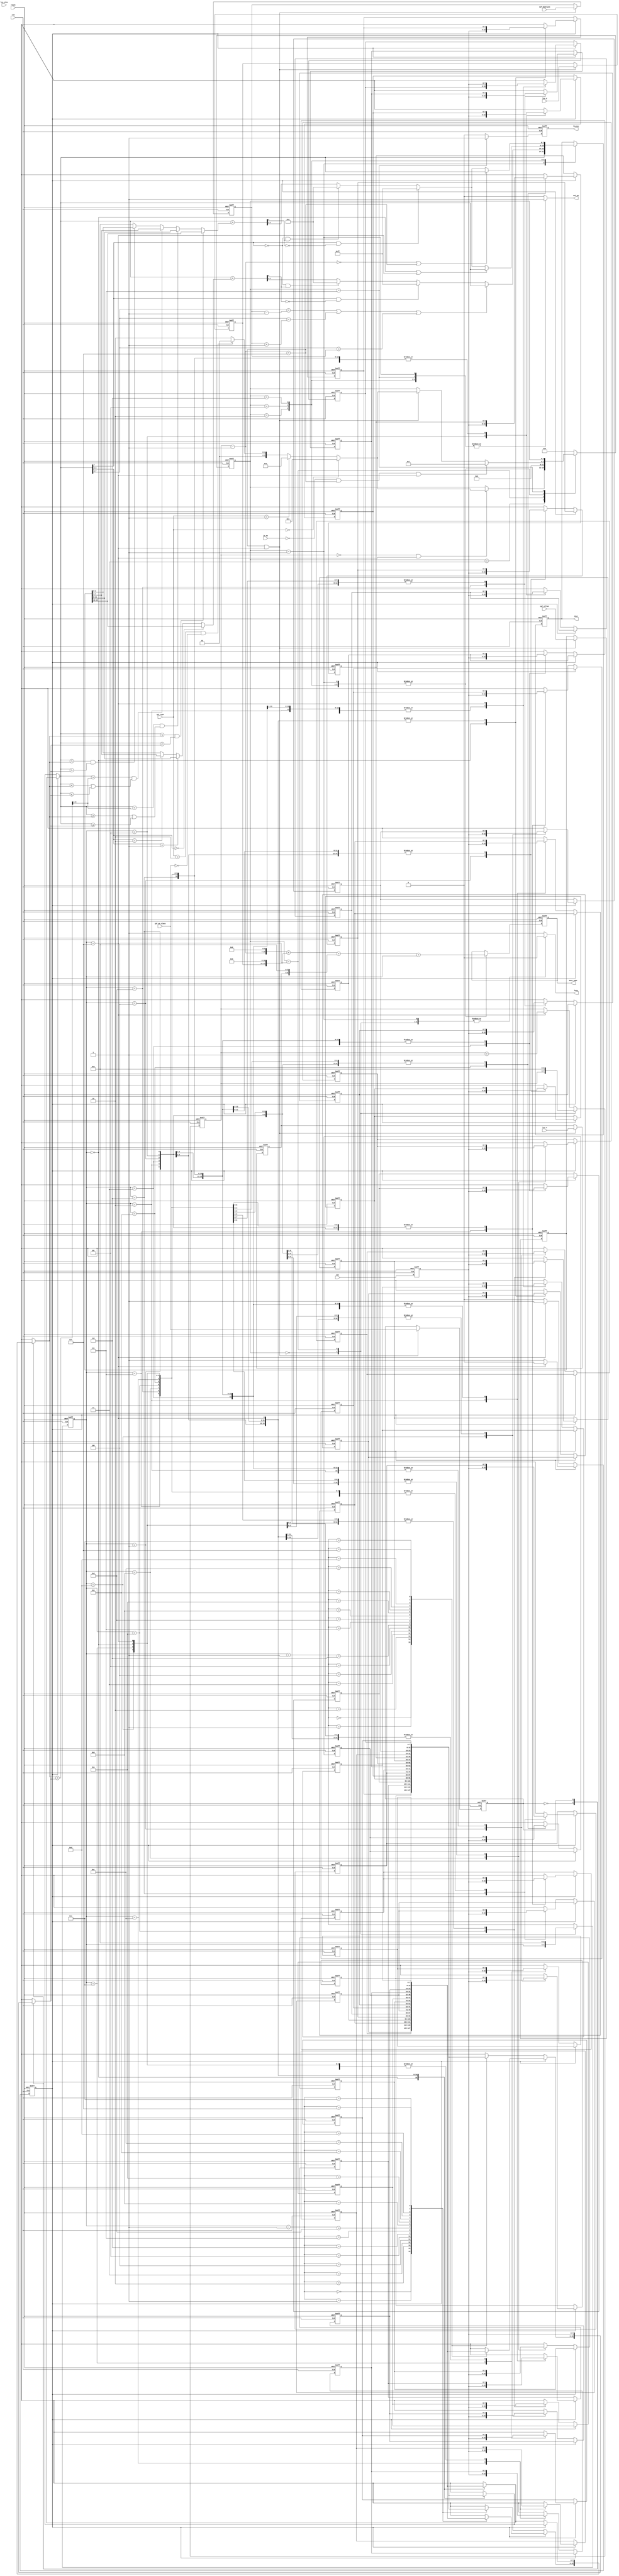
module IPF ( clk, reset, in_en, din, ipf_type, ipf_band_pos, ipf_wo_class, ipf_offset, lcu_x, lcu_y, lcu_size, busy, out_en, dout, dout_addr, finish);
//===========IO====================
    input   clk;
    input   reset;
    input   in_en;
    input   [7:0]  din;
    input   [1:0]  ipf_type;
    input   [4:0]  ipf_band_pos;
    input          ipf_wo_class;
    input   [15:0] ipf_offset;
    input   [2:0]  lcu_x;
    input   [2:0]  lcu_y;
    input   [1:0]  lcu_size;
    output reg busy;
    output reg finish;
    output reg out_en;
    output reg [7:0] dout;
    output reg [13:0] dout_addr;
//===========IO====================

reg [7:0] din_po, din_wo, dout_nxt, din_po_temp, pix, pix_band;
reg [7:0] din_temp, din_temp_nxt;
reg signed [8:0] din_po_add, din_wo_add;
reg [4:0] low_bound, up_bound;
reg [3:0] off_po;
reg [3:0] off_wo;
reg [3:0] posi_a, posi_c, posi_b;
reg [7:0] a,b,c;
reg [8:0] mid;

reg [2:0] t_lcu_x, t_lcu_x_nxt;
reg [2:0] t_lcu_y, t_lcu_y_nxt;
reg t_ipf_wo_class, t_ipf_wo_class_nxt;
reg [4:0] t_ipf_band_pos, t_ipf_band_pos_nxt;
reg [15:0] t_ipf_offset, t_ipf_offset_nxt;

reg [13:0] dout_addr_nxt;
reg seq, seq_nxt;
reg finish_nxt;
wire end_lcu;
wire end_img;

//============= extension ===================
reg [7:0] window0[0:15]; //window size = 16, 32, 64
reg [7:0] window1[0:15];
reg [7:0] window0_nxt[0:15];
reg [7:0] window1_nxt[0:15];
reg [3:0] col, col_nxt, t_col; //col length = 16, 32, 64
reg [3:0] row, row_nxt, t_row;

assign  end_lcu = (t_row==4'd15 & t_col==4'd15); //col, row = 16, 32, 64
assign  end_img = (!in_en & t_row==4'd15 & t_col==4'd15); //lcu_x,y = 8, 4, 2
//============= extension ====================

//============= FSM ===================
reg [3:0] state, nxt_state;
parameter state_idle = 0;
parameter state_off = 1;
parameter state_po = 2;
parameter state_in = 3;
parameter state_wait = 4;
parameter state_wo_0 = 5;
parameter state_wo_1 = 6;
parameter state_finish = 7;
//============= FSM ===================

//============= nxt_state ===================
always @(*)begin
    //default
    busy = 1;
    out_en = 0;
    nxt_state = state_wait;
    case(state)
        state_idle:begin
            busy = 0;
            out_en = 0;
            nxt_state = state_wait;
        end
        state_in:begin
            busy = 0;
            out_en = 0;
            if (row==4'd0 & col==4'd15) begin
                if (ipf_type==2'd0) nxt_state = state_off;
                else if (ipf_type==2'd1) nxt_state = state_po;
                else if (ipf_type==2'd2 & ipf_wo_class==1'b0) nxt_state = state_wo_0; //
                else nxt_state = state_wo_1; //
            end
            else nxt_state = state;
        end

        state_wait:begin
            busy = 0;
            out_en = 0;
            nxt_state = state_in;
        end

        state_off:begin
            busy = 0;
            out_en = 1;
            if (end_img) nxt_state = state_finish;
            else if (end_lcu)begin
                if (ipf_type==2'd0) nxt_state = state_off;
                else if (ipf_type==2'd1) nxt_state = state_po;
                else if (ipf_type==2'd2 & ipf_wo_class==1'b0) nxt_state = state_wo_0;
                else nxt_state = state_wo_1;
            end
            else nxt_state = state;
        end
        state_po:begin
            busy = 0;
            out_en = 1;
            if (end_img) nxt_state = state_finish;
            else if (end_lcu)begin
                if (ipf_type==2'd0) nxt_state = state_off;
                else if (ipf_type==2'd1) nxt_state = state_po;
                else if (ipf_type==2'd2 & ipf_wo_class==1'b0) nxt_state = state_wo_0;
                else nxt_state = state_wo_1;
            end
            else nxt_state = state;
        end
        state_wo_0:begin
            busy = 0;
            out_en = 1;
            if (end_img) nxt_state = state_finish;
            else if (end_lcu)begin
                if (ipf_type==2'd0) nxt_state = state_off;
                else if (ipf_type==2'd1) nxt_state = state_po;
                else if (ipf_type==2'd2 & ipf_wo_class==1'b0) nxt_state = state_wo_0;
                else nxt_state = state_wo_1;
            end
            else nxt_state = state;
        end
        state_wo_1:begin
            busy = 0;
            out_en = 1;
            if (end_img) nxt_state = state_finish;
            else if (end_lcu)begin
                if (ipf_type==2'd0) nxt_state = state_off;
                else if (ipf_type==2'd1) nxt_state = state_po;
                else if (ipf_type==2'd2 & ipf_wo_class==1'b0) nxt_state = state_wo_0;
                else nxt_state = state_wo_1;
            end
            else nxt_state = state;
        end


        state_finish:begin
            busy = 1;
            out_en = 1;
            nxt_state = state;
        end

    endcase
end


//============= comb ========================
integer i ;
always @(*)begin
    col_nxt = col + 1;
    row_nxt = (col==4'd15)? row+1 : row;
    t_col = col;
    t_row = row - 1;
    dout_nxt = dout;
    dout_addr_nxt = dout_addr;
    seq_nxt = seq;
    finish_nxt = 0;
    t_lcu_x_nxt = (end_lcu)? lcu_x : t_lcu_x;
    t_lcu_y_nxt = (end_lcu)? lcu_y : t_lcu_y;
    t_ipf_wo_class_nxt = (end_lcu)? ipf_wo_class : t_ipf_wo_class;
    t_ipf_band_pos_nxt = (end_lcu)? ipf_band_pos : t_ipf_band_pos;
    t_ipf_offset_nxt = (end_lcu)? ipf_offset : t_ipf_offset;

    for (i = 0 ; i<16; i=i+1)begin
        window0_nxt[i]=window0[i];
        window1_nxt[i]=window1[i];
    end

    din_temp_nxt = din;
    if (seq==1'b0)begin
        window0_nxt[col] = din_temp;
        seq_nxt = (t_col==4'd15)? 1'b1:seq;
    end
    else if (seq==1'b1)begin
        window1_nxt[col] = din_temp;
        seq_nxt = (t_col==4'd15)? 1'b0:seq;
    end

    case(state)
        state_idle:begin
            col_nxt = col;
            row_nxt = row;
        end

        state_wait:begin
            col_nxt = 0;
            row_nxt = 0;
            din_temp_nxt = din;
        end

        state_off:begin
            dout_nxt = (seq==1'b0)? window1[t_col] : window0[t_col];
            dout_addr_nxt = (t_row<<7) + (t_lcu_y<<11) + (t_lcu_x<<4) + t_col;
        end

        state_po:begin
            dout_nxt = din_po;
            dout_addr_nxt = (t_row<<7) + (t_lcu_y<<11) + (t_lcu_x<<4) + t_col;
        end

        state_wo_0:begin
            if (t_col==4'd0 | t_col==4'd15)begin
                dout_nxt = (seq==1'b0)? window1[t_col] : window0[t_col];
            end
            else begin
                dout_nxt = din_wo;
            end
            dout_addr_nxt = (t_row<<7) + (t_lcu_y<<11) + (t_lcu_x<<4) + t_col;
        end
        state_wo_1:begin
            if (t_row==4'd0 | t_row==4'd15)begin
                dout_nxt = (seq==1'b0)? window1[t_col] : window0[t_col];
            end
            else begin
                dout_nxt = din_wo;
            end
            dout_addr_nxt = (t_row<<7) + (t_lcu_y<<11) + (t_lcu_x<<4) + t_col;
        end
        state_finish:begin
            finish_nxt = 1;
        end
    endcase
end

//============= operation ========================
always @(*)begin
    //============== PO ================
    pix = (seq==1'b0)? window1[t_col] : window0[t_col];
    pix_band = pix>>3;
    low_bound = t_ipf_band_pos - 1;
    up_bound = t_ipf_band_pos + 1;
    off_po = ((pix_band[1:0])==2'd0)? t_ipf_offset[15:12] :
             ((pix_band[1:0])==2'd1)? t_ipf_offset[11:8] :
             ((pix_band[1:0])==2'd2)? t_ipf_offset[7:4] : t_ipf_offset[3:0];
    din_po_add = $signed(pix) + $signed(off_po);
    //2550
    din_po_temp = (pix[7] & !din_po_add[8])? 8'd255 : (!pix[7] & din_po_add[8])? 8'd0 : din_po_add[7:0]; 
    //boundoverflowor
    din_po = (pix_band == low_bound | pix_band == up_bound | pix_band == t_ipf_band_pos)? pix : din_po_temp; 

    //============== WO ================
    posi_a = t_col-1;
    posi_c = t_col;
    posi_b = t_col+1;
    case (t_ipf_wo_class)
        1'b0:begin
            if (seq==1'b0) begin a = window1[posi_a];c = window1[posi_c];b = window1[posi_b];end
            else begin a = window0[posi_a];c = window0[posi_c];b = window0[posi_b];end
        end
        1'b1:begin
            if (seq==1'b0)begin a = window0[col]; c = window1[col]; b = din_temp;end
            else begin a = window1[col]; c = window0[col]; b = din_temp;end
        end
    endcase

    mid = (a+b)>>1;
    if (c<a & c<b)begin //Category 0
        off_wo = t_ipf_offset[15:12];
    end
    else if (c < mid & (c>=a | c>=b))begin //Category 1
        off_wo = t_ipf_offset[11:8];
    end
    else if (c > mid & (c<=a | c<=b))begin //Category 2
        off_wo = t_ipf_offset[7:4];
    end
    else if (c > a & c>b)begin //Category 3
        off_wo = t_ipf_offset[3:0];
    end
    else begin
        off_wo = 0;
    end
    din_wo_add = $signed(c)+$signed(off_wo);
    //2550
    din_wo = (c[7] & !din_wo_add[8])? 8'd255 : (!c[7] & din_wo_add[8])? 8'd0 : din_wo_add[7:0]; 
end



always @(posedge clk or posedge reset)begin
    if (reset)begin
        for (i = 0 ; i<16; i=i+1)begin
            window0[i]<= 0;
            window1[i]<= 0;
        end
        row <= 0;
        col <= 0;
        seq <= 0;
        dout <= 0;
        dout_addr <= 0;
        din_temp <= 0;

        t_lcu_x <= 0;
        t_lcu_y <= 0;
        t_ipf_wo_class <= 0;
        t_ipf_band_pos <= 0;
        t_ipf_offset <= 0;

        finish <= 0;
        state <= state_idle;
    end
    else begin
        for (i = 0 ; i<16; i=i+1)begin
            window0[i]<=window0_nxt[i];
            window1[i]<=window1_nxt[i];
        end
        row <= row_nxt;
        col <= col_nxt;
        seq <= seq_nxt;
        dout <= dout_nxt;
        dout_addr <= dout_addr_nxt;
        din_temp <= din_temp_nxt;

        t_lcu_x <= t_lcu_x_nxt;
        t_lcu_y <= t_lcu_y_nxt;
        t_ipf_wo_class <= t_ipf_wo_class_nxt;
        t_ipf_band_pos <= t_ipf_band_pos_nxt;
        t_ipf_offset <= t_ipf_offset_nxt;

        finish <= finish_nxt;
        state <= nxt_state;
    end
end

endmodule